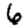
Digit: 6